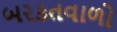
બરકતવાળો